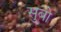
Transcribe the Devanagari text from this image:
सुबो